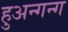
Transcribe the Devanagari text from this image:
हुअन्गन्ग